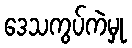
ဒေသကွပ်ကဲမှု